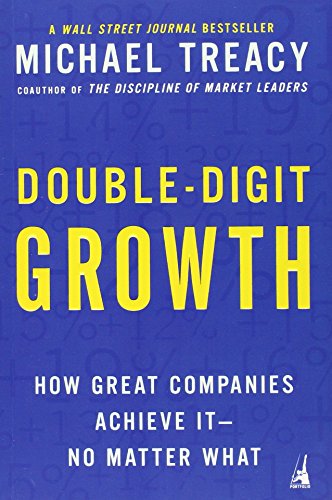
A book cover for Double-Digit Growth: How Great Companies Achieve It--No Matter What; Michael Treacy; Business & Money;